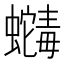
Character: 𬠶